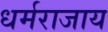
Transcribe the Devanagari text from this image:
धर्मराजाय